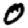
Digit: 0